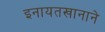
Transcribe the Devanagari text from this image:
इनायतखानाने